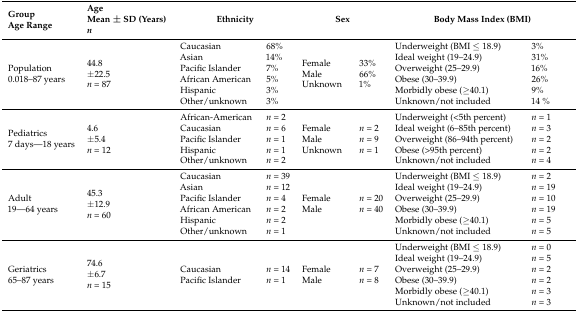
| GroupAge Range | Age Mean ± SD (Years)n | <COLSPAN=2> Ethnicity | <COLSPAN=2> Sex | <COLSPAN=2> Body Mass Index (BMI) |
 | --- | --- | --- | --- | --- | --- | --- | --- |
 | Population0.018–87 years | 44.8±22.5n = 87 | Caucasian Asian Pacific Islander African AmericanHispanic Other/unknown | 68%14%7%5%3%3% | Female MaleUnknown | 33%66%1% | Underweight (BMI ≤ 18.9)Ideal weight (19–24.9)Overweight (25–29.9)Obese (30–39.9) Morbidly obese (≥40.1)Unknown/not included | 3%31%16%26%9%14 % |
 | Pediatrics 7 days—18 years | 4.6±5.4n = 12 | African-AmericanCaucasian Pacific IslanderHispanicOther/unknown | n = 2n = 6n = 1n = 1n = 2 | Female Male Unknown | n = 2n = 9n = 1 | Underweight (<5th percent)Ideal weight (6–85th percent)Overweight (86–94th percent)Obese (>95th percent)Unknown/not included | n = 1n = 3n = 2n = 2n = 4 |
 | Adult 19—64 years | 45.3 ±12.9n = 60 | CaucasianAsianPacific IslanderAfrican AmericanHispanicOther/unknown | n = 39n = 12n = 4n = 2n = 2n = 1 | FemaleMale | n = 20n = 40 | Underweight (BMI ≤ 18.9)Ideal weight (19–24.9)Overweight (25–29.9)Obese (30–39.9)Morbidly obese (≥40.1)Unknown/not included | n = 2n = 19n = 10n = 19n = 5n = 5 |
 | Geriatrics65–87 years | 74.6±6.7n = 15 | CaucasianPacific Islander | n = 14n = 1 | Female Male | n = 7n = 8 | Underweight (BMI ≤ 18.9)Ideal weight (19–24.9)Overweight (25–29.9)Obese (30–39.9)Morbidly obese (≥40.1)Unknown/not included | n = 0n = 5n = 2n = 2n = 3n = 3 |